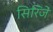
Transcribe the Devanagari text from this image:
सिरिंजें